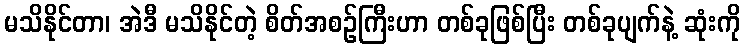
မသိနိုင်တာ၊ အဲဒီ မသိနိုင်တဲ့ စိတ်အစဉ်ကြီးဟာ တစ်ခုဖြစ်ပြီး တစ်ခုပျက်နဲ့ ဆုံးကို